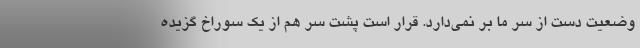
وضعیت دست از سر ما بر نمی‌دارد. قرار است پشت سر هم از یک سوراخ گزیده